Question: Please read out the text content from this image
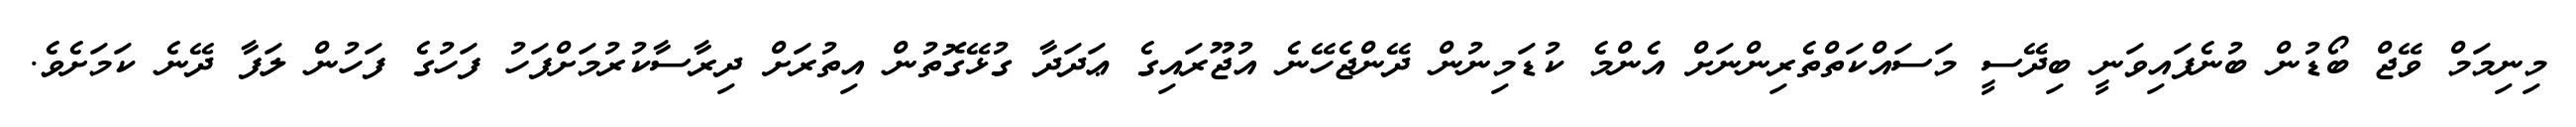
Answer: މިނިމަމް ވޭޖް ބޯޑުން ބުނެފައިވަނީ ބިދޭސީ މަސައްކަތްތެރިންނަށް އެންމެ ކުޑަމިނުން ދޭންޖެހޭނެ އުޖޫރައިގެ ޢަދަދާ ގުޅޭގޮތުން އިތުރަށް ދިރާސާކުރުމަށްފަހު ފަހުގެ ފަހުން ލަފާ ދޭނެ ކަމަށެވެ.